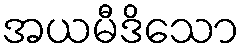
အယမီဒိသော